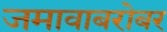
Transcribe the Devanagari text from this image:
जमावाबरोबर